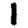
Digit: 1